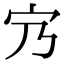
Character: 𡦺